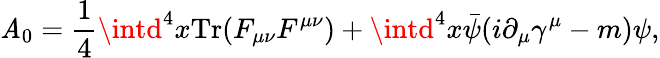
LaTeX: {\cal\mathit{A}}_{0}=\frac{{1}}{{4}}\intd^{4}x\mathrm{{Tr}}(F_{\mu\nu}F^{\mu\nu})+\intd^{4}x\bar{{\psi}}(i\partial_{\mu}\gamma^{\mu}-m)\psi,